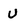
Character: U